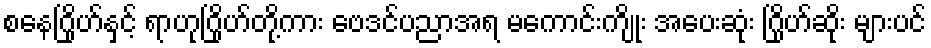
စနေဂြိုဟ်နှင့် ရာဟုဂြိုဟ်တို့ကား ဗေဒင်ပညာအရ မကောင်းကျိုး အပေးဆုံး ဂြိုဟ်ဆိုး များပင်